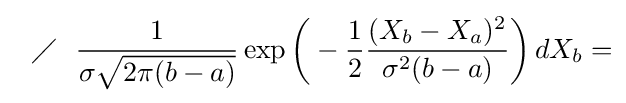
\ \ \diagup \ \ {\frac {1}{\sigma {\sqrt {2\pi (b-a)}}}}\exp {\biggl (}-{\frac {1}{2}}{\frac {(X_{b}-X_{a})^{2}}{\sigma ^{2}(b-a)}}{\biggr )}\,dX_{b}=